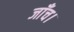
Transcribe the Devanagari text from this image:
जाँच।